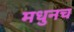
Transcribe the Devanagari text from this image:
मधुनच